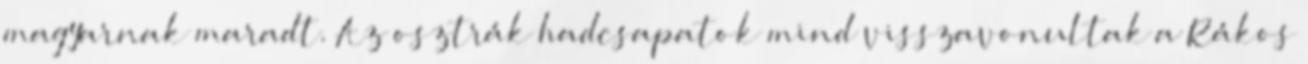
magyarnak maradt. Az osztrák hadcsapatok mind visszavonultak a Rákos